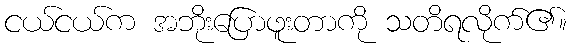
ငယ်ငယ်က အဘိုးပြောဖူးတာကို သတိရလိုက်၏။